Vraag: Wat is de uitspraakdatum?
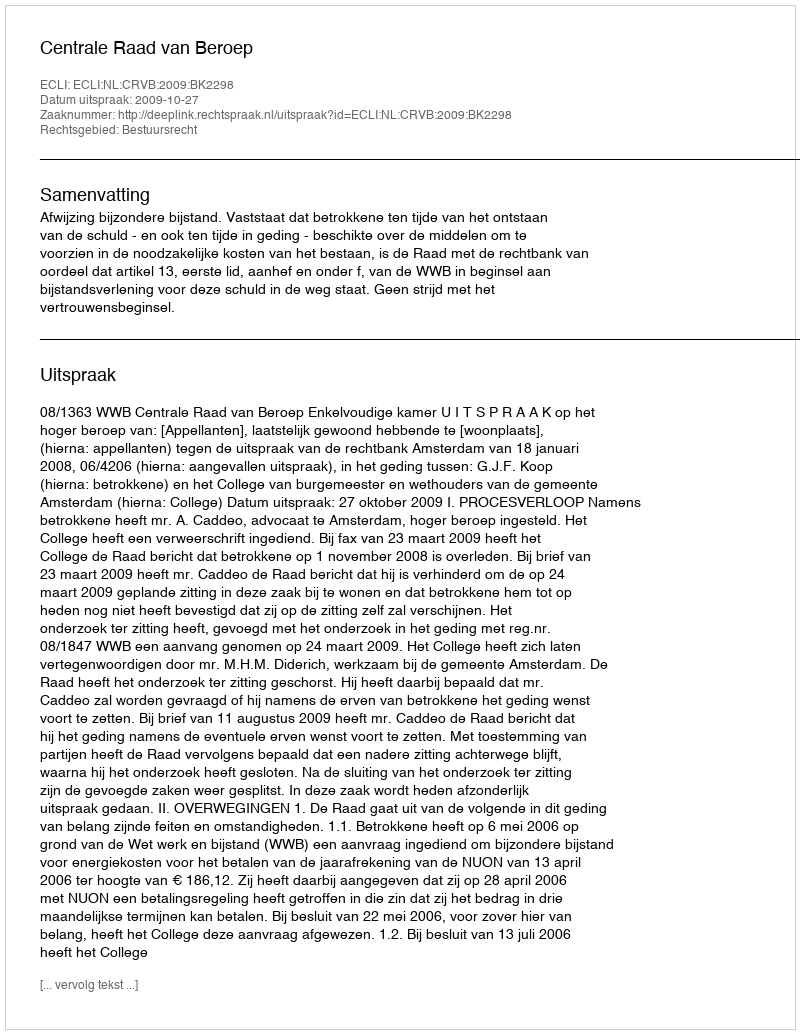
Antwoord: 2009-10-27